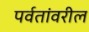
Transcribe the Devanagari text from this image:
पर्वतांवरील